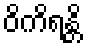
ဝိကိရန္တိ